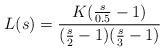
LaTeX: \begin{align*} L(s)=\frac{K(\frac{s}{0.5}-1)}{(\frac{s}{2}-1)(\frac{s}{3}-1)}\end{align*}